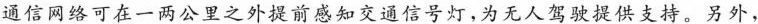
通信网络可在一两公里之外提前感知交通信号灯，为无人驾驶提供支持，另外，